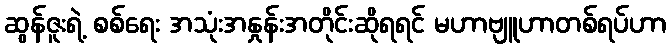
ဆွန်ဇူးရဲ့ စစ်ရေး အသုံးအနှုန်းအတိုင်းဆိုရရင် မဟာဗျူဟာတစ်ရပ်ဟာ